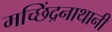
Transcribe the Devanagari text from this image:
मच्छिंद्रनाथानी